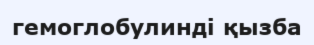
гемоглобулинді қызба